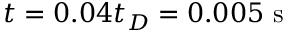
t = 0 . 0 4 t _ { D } = 0 . 0 0 5 \mathrm { ~ s ~ }